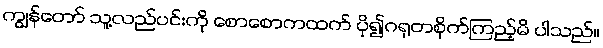
ကျွန်တော် သူ့လည်ပင်းကို စောစောကထက် ပို၍ဂရုတစိုက်ကြည့်မိ ပါသည်။